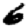
Digit: 6